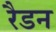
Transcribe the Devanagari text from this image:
रैडन